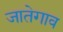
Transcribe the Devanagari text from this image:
जातेगाव